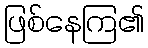
ဖြစ်နေကြ၏